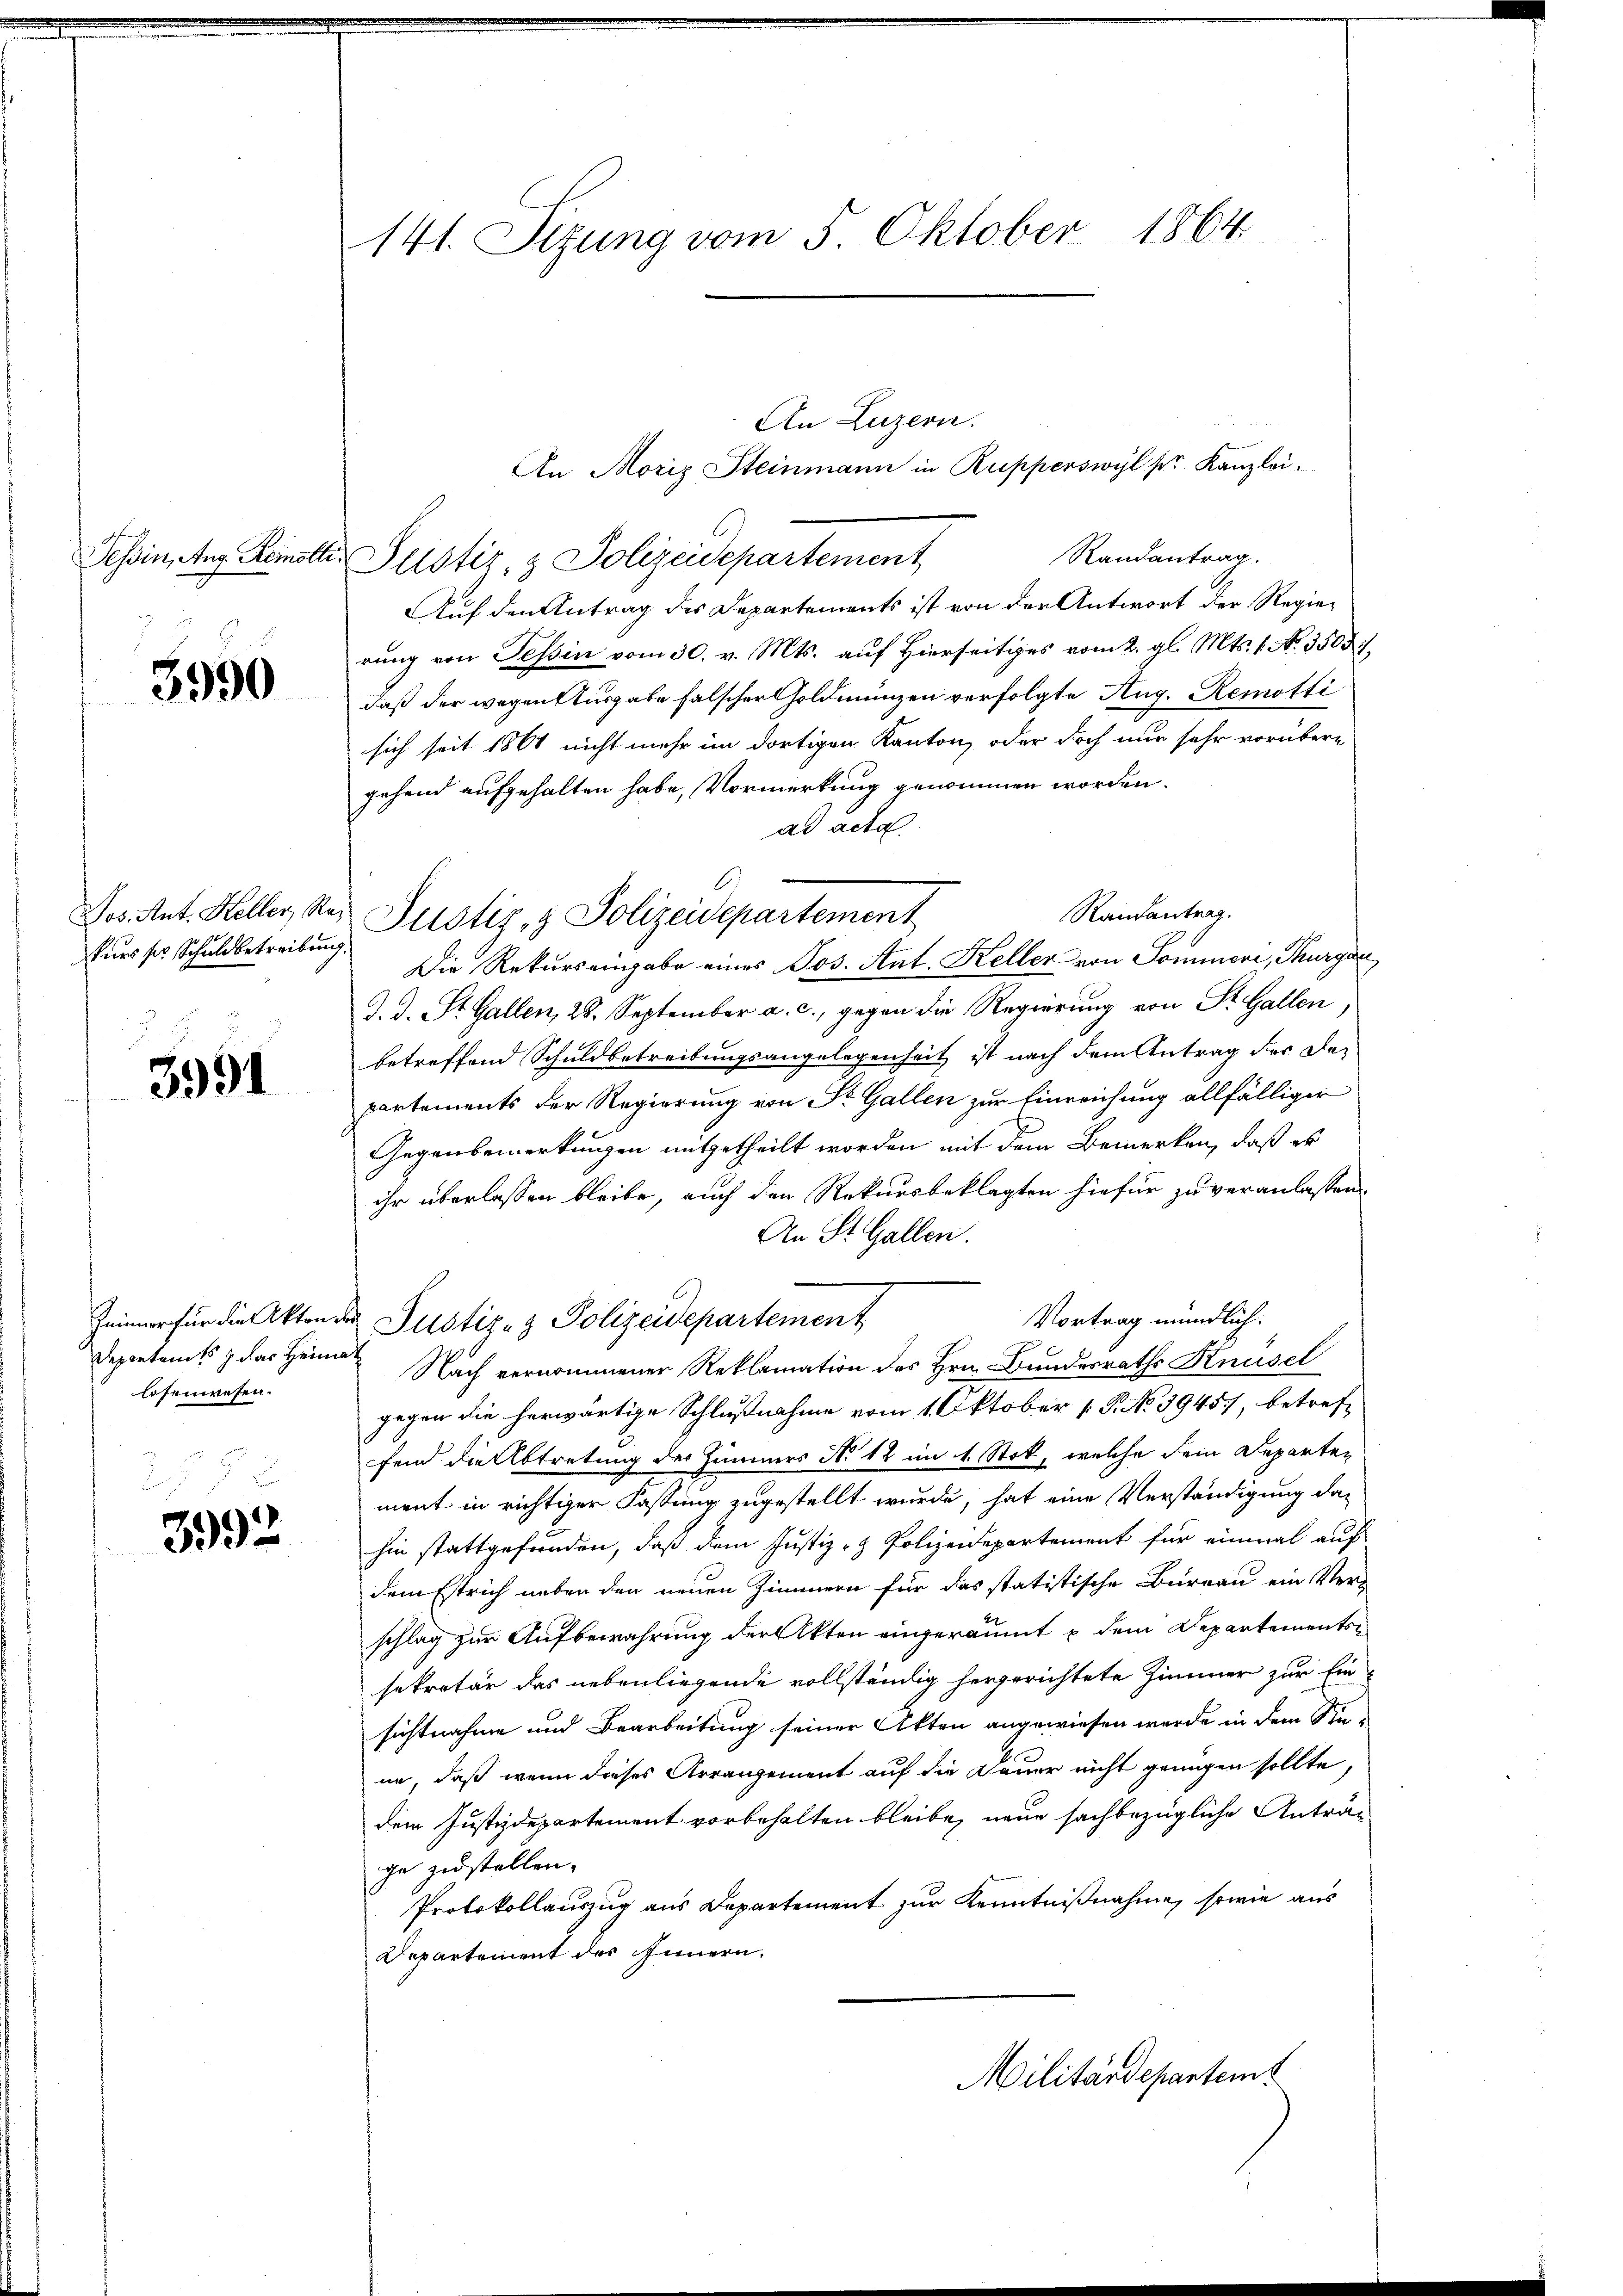
3990

kurs ses Schuldbetreibung.

3991

An Luzern.
An Moriz Steinmann in Rupperswyl pr. Kanzlei.
Randantrag.
Tessin, Aug. Remotter Justiz & Polizeidepartement
Auf den Antrag des Departements ist von der Antwort der Regierung von Tessin vom 30. v. Mts. auf Hierseitiges vom 2. gl. Mts. 1. No. 3500 f.
daß der wegentusgabe falscher Goldmünzen verfolgte Aug. Remotti
sich seit 1864 nicht mehr im dortigen Kanton, oder doch nur sehr vorübere
gehend aufgehalten habe, Vormerkung genommen worden.
ad acta
Randantrag.
Jos. Ant. Keller Res Justiz- & Polizeidepartement
Die Rekurs eingabe eines Jos. Ant. Keller von Sommere, Thurgan
d. d. St. Gallen, 28. September a. c., gegen die Regierung von St. Gallen
betreffend Schuldbetreibungsangelegenheit, ist nach dem Antrag der Departements der Regierung von St. Gallen zur Einreichung allfälliger
Gegenbemerkungen mitgetheilt worden mit dem Bemerken, daß es
ihr überlassen bleibe, auch den Rekursbeklagten hiefür zu veranlassen.
An St. Gallen.
Vortrag mündlich.
Zeiner für die Akten der Justiz- & Polizeidepartement
Depentamts & das Heime Nach vernommener Reklamation des Hrn. Bundesraths Knüsel
gegen die herwärtige Schlußnahme vom 1. Oktober 1. P. No 3945, betreffend die Abtretung der Zimmers No 12 im 1. Stok, welche dem Departement in richtiger Fastung zugestellt wurde, hat eine Verständigung dahin stattgefunden, daß dem Justiz- & Polizeidepartement für einmal auf
dem Estrich neben den neuen Zimmern für das statistische Bureau ein Ver-
schlag zur Aufbewahrung der Akten eingeräumt u dem Departementssekretär das nebenliegende vollständig hergerichtete Zimmer zur Einsichtnahme und Bearbeitung seiner Akten angewiesen werde in dem Stune, daß wenn dieses Arrangement auf die Dauer nicht genügen sollte,
dem Justizdepartement vorbehalten bleibe, neue sachbezügliche Anträge zustellen.
Protokollauszug aus Departement zur Kenntnißnahme, sowie aus
Departement des Innern.
Militärdepartemt

losenwesen.

3992

141. Sizung vom 5. Oktober 1864.

C.